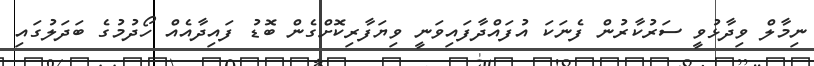
ނިމާލް ވިދާޅުވީ ސަރުކާރުން ފެނަކަ އުފައްދާފައިވަނީ ވިޔަފާރިކޮށްގެން ބޮޑު ފައިދާއެއް ހޯދުމުގެ ބަދަލުގައި